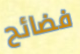
فضائح